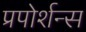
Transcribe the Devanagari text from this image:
प्रपोर्शन्स